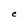
Character: C